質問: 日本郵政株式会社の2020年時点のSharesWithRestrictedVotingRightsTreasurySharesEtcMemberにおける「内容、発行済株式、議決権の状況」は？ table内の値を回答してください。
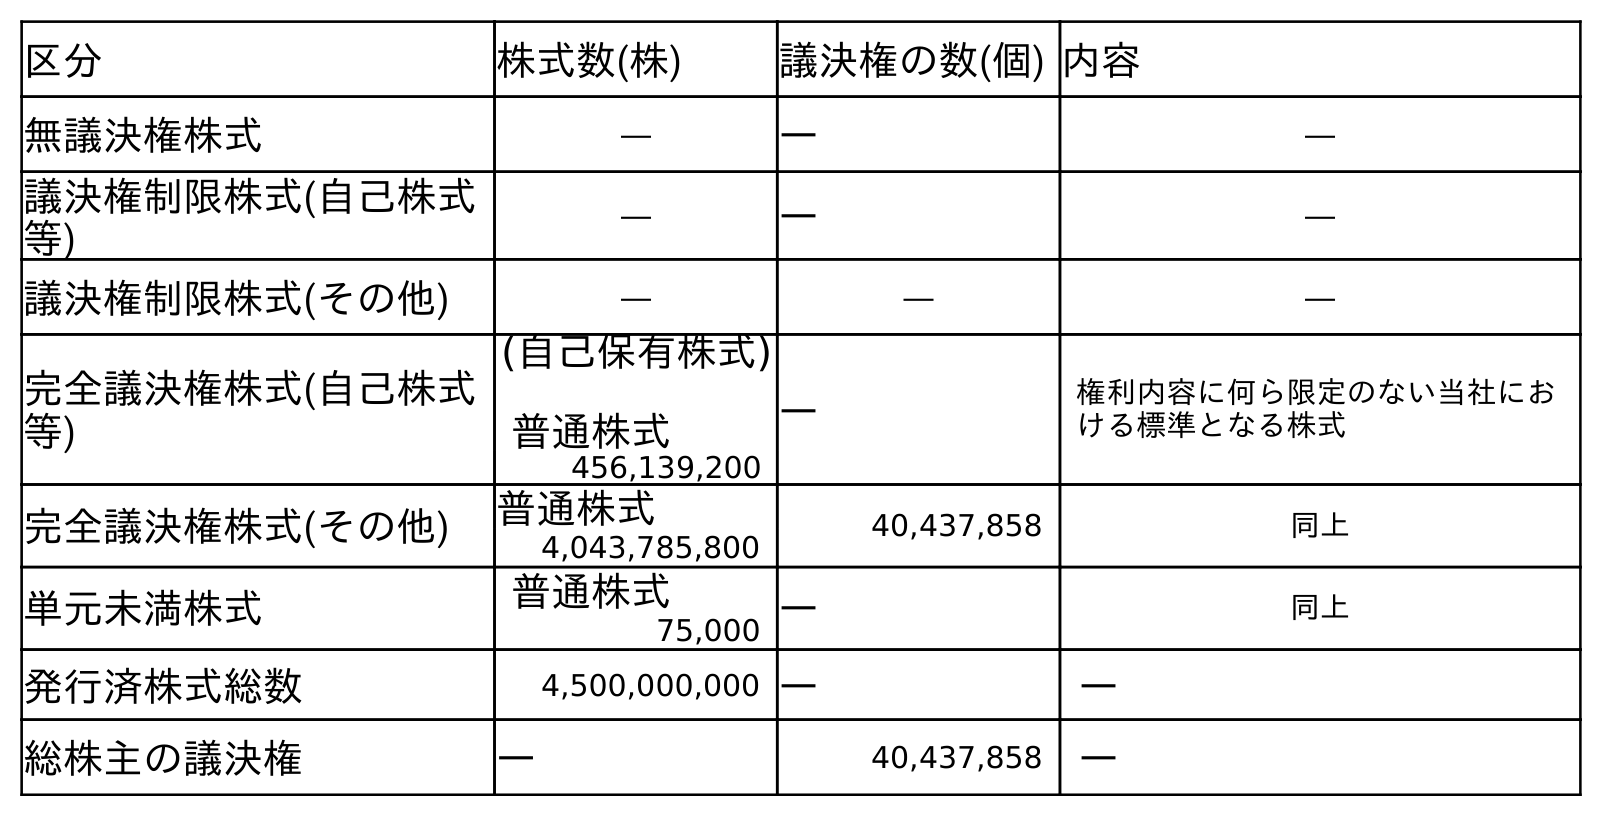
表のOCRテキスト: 区分 株式数(株) 議決権の数(個) 内容 無議決権株式 ― ― ― 議決権制限株式(自己株式 等) ― ― ― 議決権制限株式(その他) ― ― ― 完全議決権株式(自己株式 等) (自己保有株式) 普通株式 ― 権利内容に何ら限定のない当社にお ける標準となる株式 456,139,200 完全議決権株式(その他) 普通株式 40,437,858 同上 4,043,785,800 単元未満株式 普通株式 ― 同上 75,000 発行済株式総数 4,500,000,000 ― ― 総株主の議決権 ― 40,437,858 ―
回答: ―